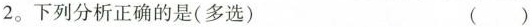
2。下列分析正确的是(多选)()